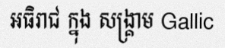
អធិរាជ ក្នុង សង្គ្រាម Gallic